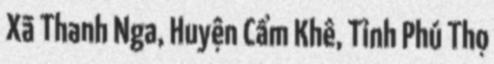
Xã Thanh Nga, Huyện Cẩm Khê, Tỉnh Phú Thọ